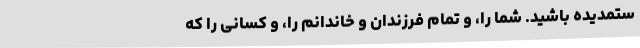
ستمدیده باشید. شما را، و تمام فرزندان و خاندانم را، و کسانى را که